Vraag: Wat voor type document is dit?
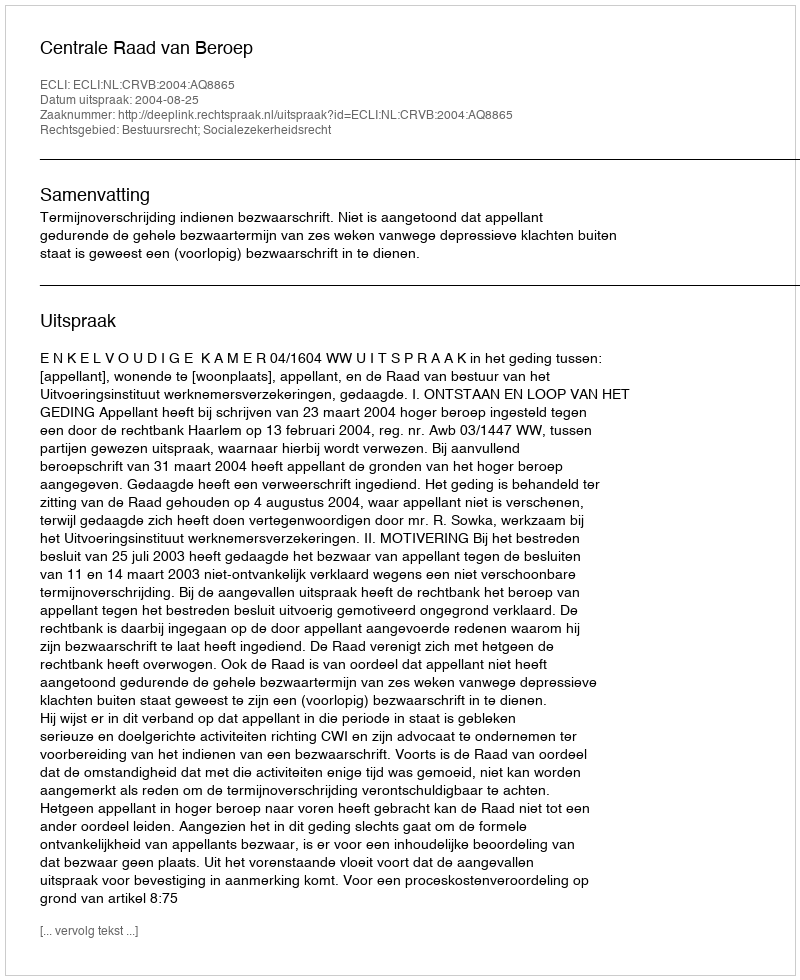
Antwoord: Uitspraak